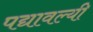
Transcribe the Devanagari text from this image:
पद्यावल्यी